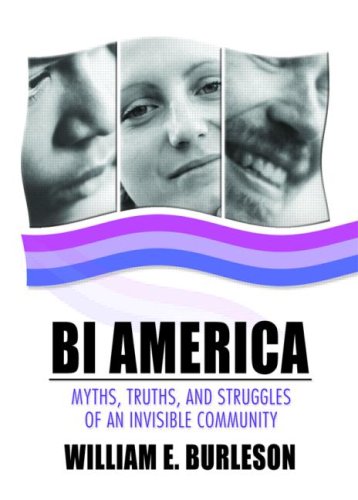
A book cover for Bi America: Myths, Truths, and Struggles of an Invisible Community (Bisexuality); William Burleson; Gay & Lesbian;